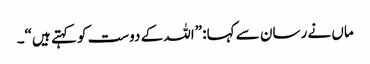
ماں نے رسان سے کہا: ”اللہ کے دوست کو کہتے ہیں“۔